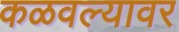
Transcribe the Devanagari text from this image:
कळवल्यावर